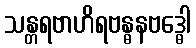
သန္တရဗာဟိရဗန္ဓနဗဒ္ဓေါ